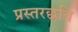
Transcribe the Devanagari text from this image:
प्रस्तरछवि